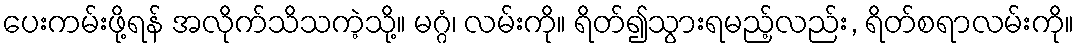
ပေးကမ်းဖို့ရန် အလိုက်သိသကဲ့သို့။ မဂ္ဂံ၊ လမ်းကို။ ရိတ်၍သွားရမည့်လည်း, ရိတ်စရာလမ်းကို။